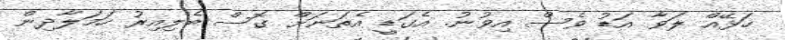
ހަޅޭއް ލަވާ އަޑު ވެސް އިވުނު. އެގަޑީ އެތަނަށް ގޮސް ބެލިއިރު ހަމަލާދިން